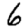
Digit: 6